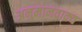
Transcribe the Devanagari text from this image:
अनुमानवाक्य